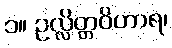
၁။ ဥလ္လိတ္တဝိဟာရ၊